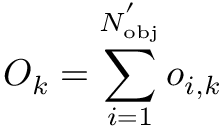
O _ { k } = \sum _ { i = 1 } ^ { N _ { \mathrm { { o b j } } } ^ { ' } } o _ { i , k }